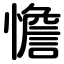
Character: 憺